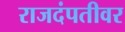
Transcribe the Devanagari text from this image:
राजदंपतीवर